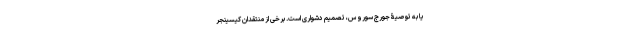
یا به توصیۀ جورج سوروس، تصمیم دشواری است. برخی از منتقدان کیسینجر